system: You are a helpful assistant.
user:
Analyze the provided spectrum to determine if it is a **White Dwarf (WD)**.

A White Dwarf spectrum is defined by its **extreme purity** (due to gravitational settling) and/or **extreme pressure broadening** (due to high surface gravity). You must check for one of the following mutually exclusive signatures:

- **Key Visual Indicators (Check for ONE of these types):**

    - **1. DA-Type Signature (Most Common):**
        - **(Primary Feature):** Extreme pressure broadening (Stark broadening) of the **Hydrogen (H) Balmer lines**.
        - **(Key Lines):** $H\beta$ (approx. $4861$ Å) and $H\gamma$ (approx. $4340$ Å). $H\alpha$ (approx. $6563$ Å) will also be present if the wavelength range covers it.
        - **(Line Profile):** This is the **defining feature**. The lines are **NOT** sharp. They appear as massive, **extremely broad and deep "troughs" or "dips"** in the spectrum, often hundreds of Ångströms wide. The continuum will appear to "scoop" down at these wavelengths.
        - **(Distinction):** Normal A-type or B-type stars have *narrow* and *sharp* Hydrogen lines. A DA White Dwarf's lines are unmistakably "smeared" or "blurry" from pressure.

    - **2. DB-Type Signature:**
        - **(Primary Feature):** Broad absorption lines from **Neutral Helium (He I)**. The spectrum must lack any visible Hydrogen lines.
        - **(Key Lines):** Look for broad absorption near $4471$ Å, $4921$ Å, and $5876$ Å.
        - **(Line Profile):** These lines are also significantly pressure-broadened, appearing much wider than they would in a normal B-type main-sequence star.

    - **3. DC-Type Signature:**
        - **(Primary Feature):** A **featureless continuous spectrum**.
        - **(Line Profile):** The spectrum is a smooth curve with **no significant absorption or emission lines**.
        - **(Key Confirmation):** The continuum is almost always **blue or white**, indicating a hot object. This signature implies the atmosphere is so pure (or so cool) that no spectral lines are visible in the optical range. Its WD identity is confirmed by its extremely low intrinsic brightness (high absolute magnitude).

    - **4. DZ-Type Signature (Metal-Polluted):**
        - **(Primary Feature):** **Isolated, narrow metal absorption lines** on an otherwise featureless (DC-like) continuum.
        - **(Key Lines):** The **Calcium (Ca II) H & K doublet** (approx. **$3934$ Å** and **$3968$ Å**) is the most common and defining feature.
        - **(Line Profile):** These lines are "out of place." They are *not* part of a "forest" of thousands of lines. This signature is evidence of recent *accretion* (pollution) from rocky debris.
        - **(Distinction):** Normal G/K/M stars have a *dense forest* of thousands of metal lines. A DZ has a *clean* continuum with *only a few* strong metal lines.

    - **5. DQ-Type Signature (Carbon-Polluted):**
        - **(Primary Feature):** Absorption bands from **Carbon (C₂ "Swan Bands" or atomic C I)**.
        - **(Key Lines - C₂):** Look for bandheads with a "saw-tooth" shape near $5635$ Å, **$5165$ Å** (strongest), and $4737$ Å.
        - **(Key Confirmation):** The underlying **continuum must be blue or white** (hot).
        - **(Distinction):** This is the critical difference from a **Carbon Star**, which has the *exact same* C₂ bands but on an extremely **red, cool** continuum.

- **(Overall Spectrum):**
    - The continuum (overall shape) is typically **blue-sloping** (brighter in the blue than the red), as most white dwarfs are very hot.
    - The spectrum will look "pure" or "simple," dominated by only *one* of the five signatures listed above.

Think first, call **spectral_visualization_tool** if needed to examine features in detail, then provide your final answer. Your response must adhere to the following strict rules:
1.  **Overall Structure:** Your response must follow the format `<think>...</think> <tool_call>...</tool_call> (if a tool is used) <answer>...</answer>`.
2.  **Tool Usage Constraint:** You may only make **one** tool call per turn.
3.  **Final Answer Format:** In the `<answer>` tag, your conclusion must be inside a `\boxed{}` command (e.g., `\boxed{YES}` or `\boxed{NO}`), followed by your justification.

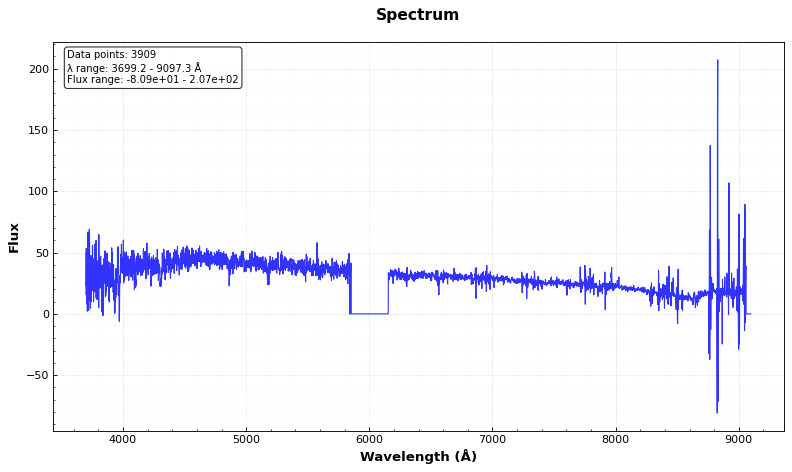
Answer: NO